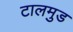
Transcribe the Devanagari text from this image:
टालमुड